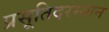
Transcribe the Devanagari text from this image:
प्रसूतिदरम्यान